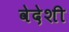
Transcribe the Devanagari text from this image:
वेदेशी